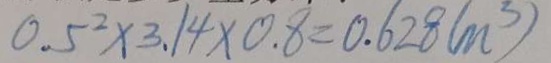
0 . 5 ^ { 2 } \times 3 . 1 4 \times 0 . 8 = 0 . 6 2 8 ( m ^ { 3 } )